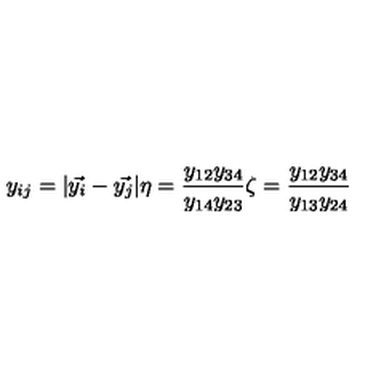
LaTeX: y _ { i j } = | \vec { y _ { i } } - \vec { y _ { j } } | \eta = \frac { y _ { 1 2 } y _ { 3 4 } } { y _ { 1 4 } y _ { 2 3 } } \zeta = \frac { y _ { 1 2 } y _ { 3 4 } } { y _ { 1 3 } y _ { 2 4 } }